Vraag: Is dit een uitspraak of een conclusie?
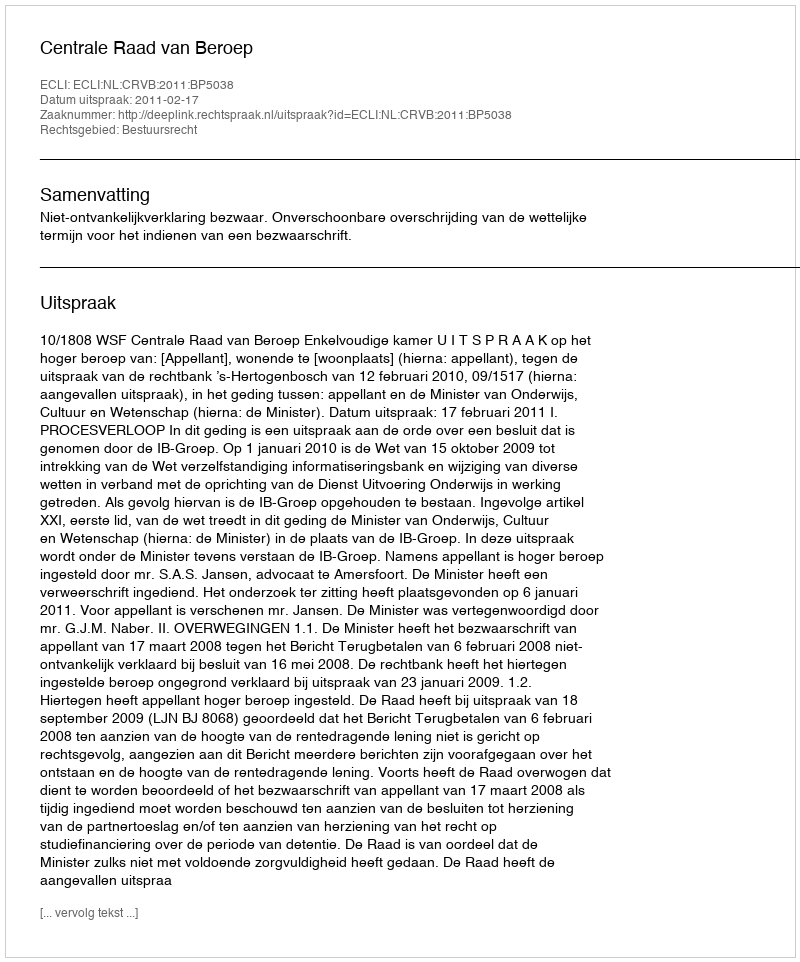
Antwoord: Uitspraak